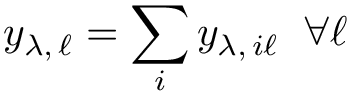
y _ { \lambda , \, \ell } = \sum _ { i } y _ { \lambda , \, i \ell } \; \; \forall \ell